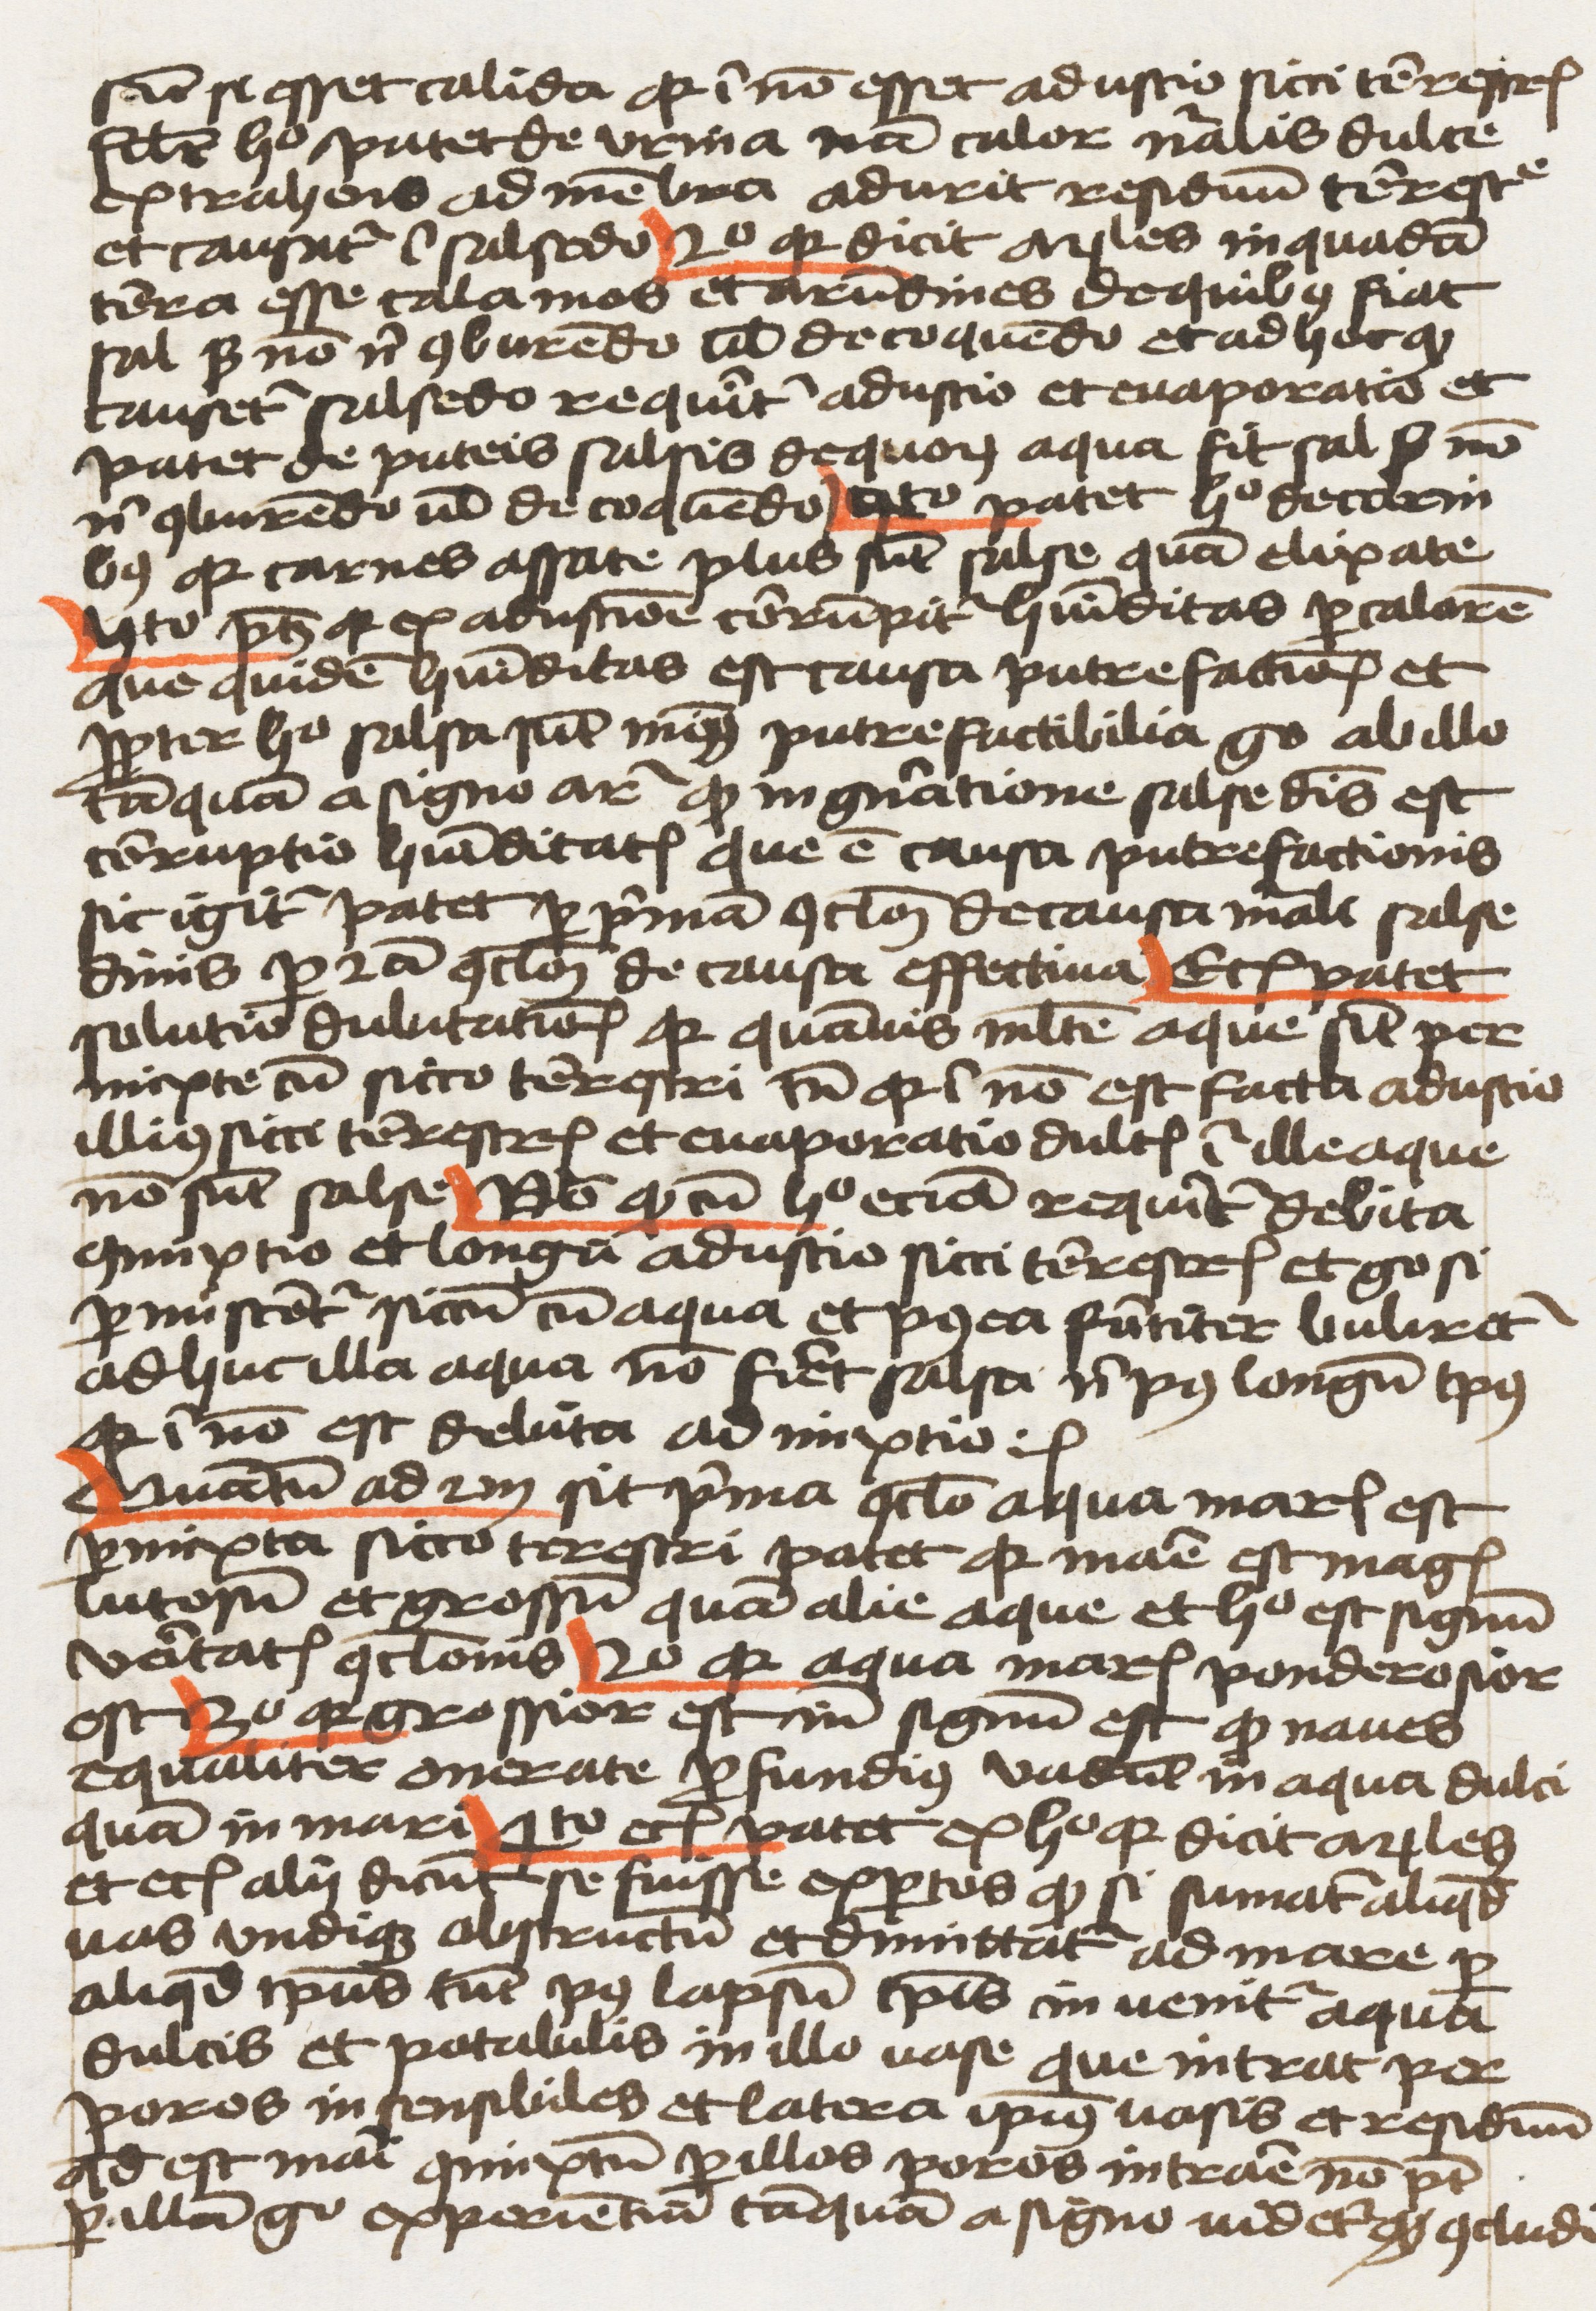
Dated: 1459–1459